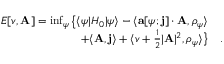
\begin{array} { r l } { E [ v , \mathbf { A } ] = \operatorname* { i n f } _ { \psi } \big \{ \langle \psi | H _ { 0 } | \psi \rangle - \langle \mathbf { a } [ \psi ; \mathbf { j } ] \cdot \mathbf { A } , \rho _ { \psi } \rangle } & { } \\ { + \langle \mathbf { A } , \mathbf { j } \rangle + \langle v + \frac 1 2 \vert \mathbf { A } \vert ^ { 2 } , \rho _ { \psi } \rangle \big \} } & { . } \end{array}